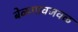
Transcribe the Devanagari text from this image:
बेळगावजवळ